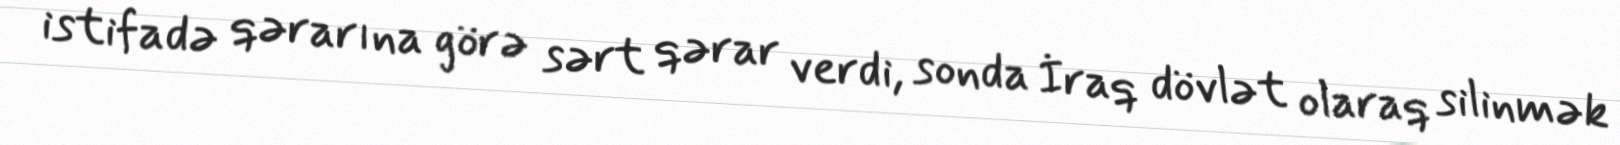
istifadə qərarına görə sərt qərar verdi, sonda İraq dövlət olaraq silinmək